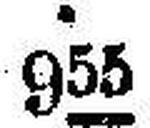
955